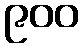
၉၀၀